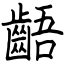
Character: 齬